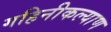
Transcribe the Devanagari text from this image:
गहिनीकल्याण